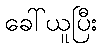
ခေါ်ယူပြီး